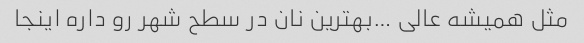
مثل همیشه عالی …بهترین نان در سطح شهر رو داره اینجا